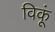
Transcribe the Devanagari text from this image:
विकूं